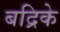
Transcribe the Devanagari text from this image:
बद्रिके